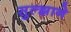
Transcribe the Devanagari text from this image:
सुल्झाने